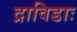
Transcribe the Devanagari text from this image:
द्राविडाः